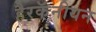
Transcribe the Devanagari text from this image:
हैरकॅनीयन